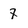
Character: 7